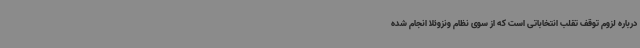
درباره لزوم توقف تقلب انتخاباتی است که از سوی نظام ونزوئلا انجام شده